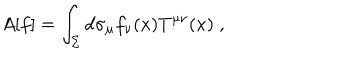
LaTeX: A [ f ] = \int _ { \Sigma } d \sigma _ { \mu } f _ { \nu } ( x ) T ^ { \mu \nu } ( x ) \; ,